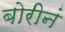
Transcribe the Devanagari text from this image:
बोरीनं